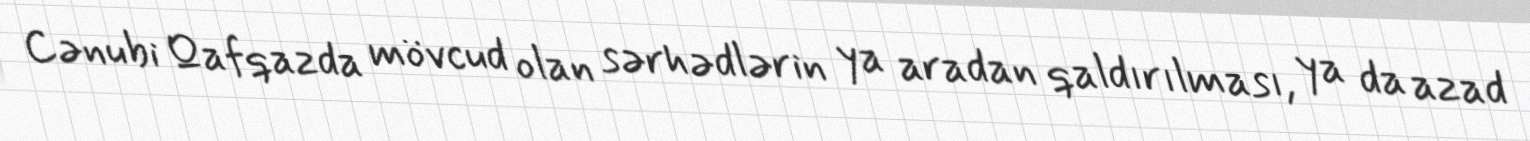
Cənubi Qafqazda mövcud olan sərhədlərin ya aradan qaldırılması, ya da azad